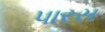
પારસ